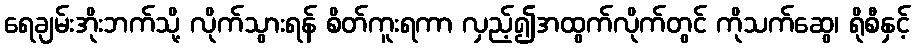
ရေချမ်းအိုးဘက်သို့ လိုက်သွားရန် စိတ်ကူးရကာ လှည့်၍အထွက်လိုက်တွင် ကိုသက်ဆွေ၊ ရိုစီနှင့်